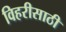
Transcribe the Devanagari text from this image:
विहरीसाठी